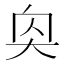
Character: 𪥌